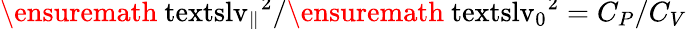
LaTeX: \smash{\ensuremath{\mathrm{\ textsl{v}}_{\parallel}}^{2}/\ensuremath{\mathrm{\ textsl{v}}_{0}}^{2}}=C_{P}/C_{V}